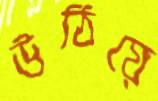
উঠিয়ে